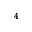
_ 4